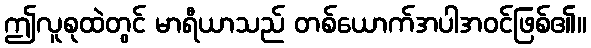
ဤလူစုထဲတွင် မာရီယာသည် တစ်ယောက်အပါအဝင်ဖြစ်၏။